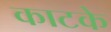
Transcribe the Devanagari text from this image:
काटके